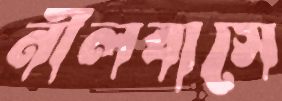
নীলবাসে